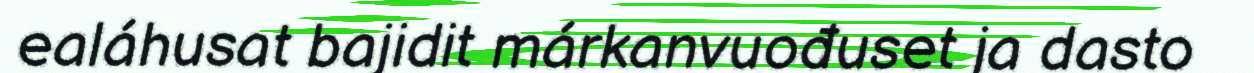
ealáhusat bajidit márkanvuođuset ja dasto